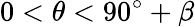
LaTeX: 0<\theta<90^{\circ}+\beta